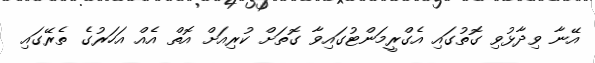
އޭނާ ވިދާޅުވި ގޮތުގައި އެގްރީމަންޓުގައިވާ ގޮތަށް ކުރިއަށް އޮތް އެއް އަހަރުގެ ތެރޭގައި